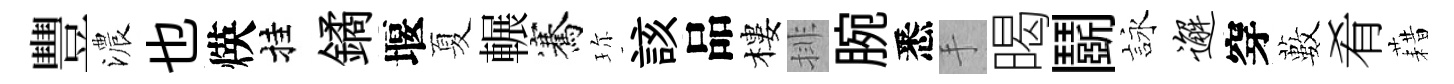
豐濃也煐挂鐍堰夏輾騫珎該品樓排腕悉手暍鬬詠邂穿藪肴藉